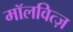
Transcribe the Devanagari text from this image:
मॉलवित्ज़